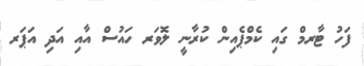
ފަހު ޓާރމް ގައި ކެމްޕެއިން ކުރާނީ ލޮވަރ ހައުސް އާއި އަދި އަޕަރ